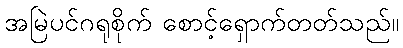
အမြဲပင်ဂရုစိုက် စောင့်ရှောက်တတ်သည်။